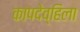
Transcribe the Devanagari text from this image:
कापदेव्हिला